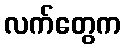
လက်တွေက